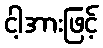
ငါ့အားဖြင့်